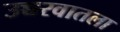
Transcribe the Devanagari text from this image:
उच्चरवातला